Serum-therapy of plague in India - Number 20
Disease focus: Plague
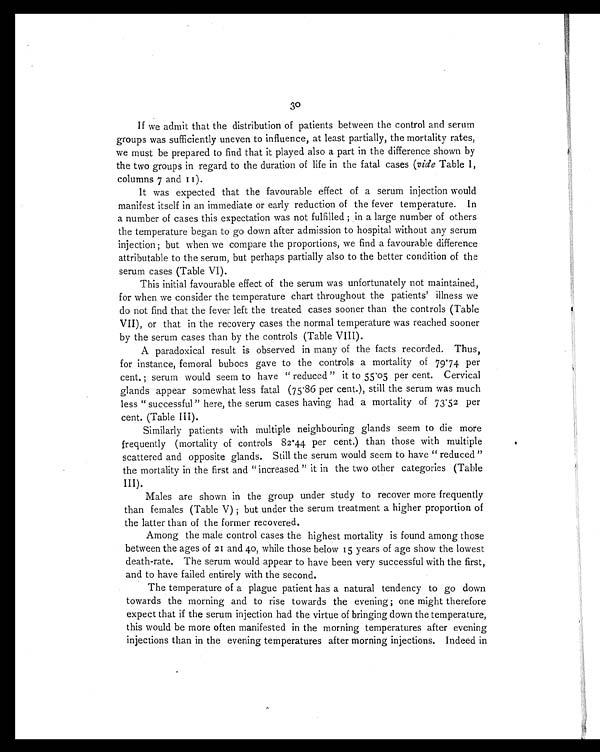
30
If we admit that the distribution of patients between the control and serum
groups was sufficiently uneven to influence, at least partially, the mortality rates,
we must be prepared to find that it played also a part in the difference shown by
the two groups in regard to the duration of life in the fatal cases (vide Table 1,
columns 7 and 11).
It was expected that the favourable effect of a serum injection would
manifest itself in an immediate or early reduction of the fever temperature. In
a number of cases this expectation was not fulfilled ; in a large number of others
the temperature began to go down after admission to hospital without any serum
injection ; but when we compare the proportions, we find a favourable difference
attributable to the serum, but perhaps partially also to the better condition of the
serum cases (Table VI).
This initial favourable effect of the serum was unfortunately not maintained,
for when we consider the temperature chart throughout the patients' illness we
do not find that the fever left the treated cases sooner than the controls (Table
VII), or that in the recovery cases the normal temperature was reached sooner
by the serum cases than by the controls (Table VIII).
A paradoxical result is observed in many of the facts recorded. Thus,
for instance, femoral buboes gave to the controls a mortality of 79.74 per
cent. ; serum would seem to have "reduced" it to 55.05 per cent. Cervical
glands appear somewhat less fatal (75.86 per cent.), still the serum was much
less "successful" here, the serum cases having had a mortality of 73.52 per
cent. (Table III).
Similarly patients with multiple neighbouring glands seem to die more
frequently (mortality of controls 82.44 per cent.) than those with multiple
scattered and opposite glands. Still the serum would seem to have "reduced"
the mortality in the first and "increased" it in the two other categories (Table
III).
Males are shown in the group under study to recover more frequently
than females (Table V) ; but under the serum treatment a higher proportion of
the latter than of the former recovered.
Among the male control cases the highest mortality is found among those
between the ages of 21 and 40, while those below 15 years of age show the lowest
death-rate. The serum would appear to have been very successful with the first,
and to have failed entirely with the second.
The temperature of a plague patient has a natural tendency to go down
towards the morning and to rise towards the evening ; one might therefore
expect that if the serum injection had the virtue of bringing down the temperature,
this would be more often manifested in the morning temperatures after evening
injections than in the evening temperatures after morning injections. Indeed in